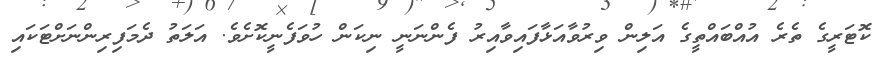
ކޮޓަރީގެ ތެރެ އުއްބައްތީގެ އަލިން ވިރުވާއަޅާފައިވާއިރު ފެންނަނީ ނިކަން ހުވަފެނީކޮށެވެ. އަލަތު ދެމަފިރިންނަށްޓަކައި